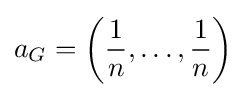
a_{G}=\left({\frac {1}{n}},\ldots ,{\frac {1}{n}}\right)